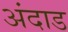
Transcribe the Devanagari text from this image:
अंदाड